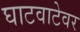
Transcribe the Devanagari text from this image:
घाटवाटेवर